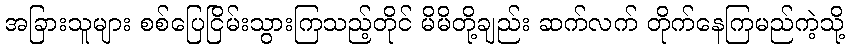
အခြားသူများ စစ်ပြေငြိမ်းသွားကြသည့်တိုင် မိမိတို့ချည်း ဆက်လက် တိုက်နေကြမည်ကဲ့သို့